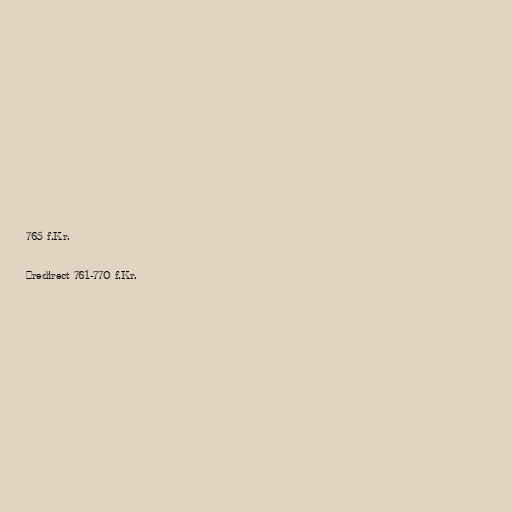
765 f.Kr.

#redirect 761-770 f.Kr.